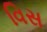
વિસ